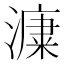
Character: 𣾩